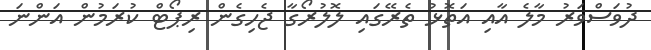
ދުވަސްވަރު މާލެ އާއި އަތޮޅު ތެރޭގައި ލޮލުރޯގާ ޖެހިގެން ރިޕޯޓް ކުރަމުން އަންނަ